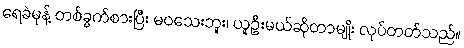
ရေခဲမုန့် တစ်ခွက်စားပြီး မဝသေးဘူး၊ ယူဦးမယ်ဆိုတာမျိုး လုပ်တတ်သည်။